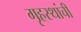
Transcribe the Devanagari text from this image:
गृहस्थांची